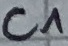
Text: C1